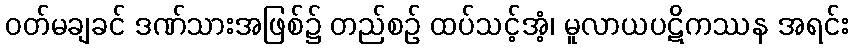
ဝတ်မချခင် ဒဏ်သားအဖြစ်၌ တည်စဉ် ထပ်သင့်အံ့၊ မူလာယပဋိကဿန အရင်း